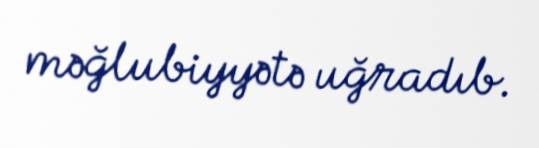
məğlubiyyətə uğradıb.